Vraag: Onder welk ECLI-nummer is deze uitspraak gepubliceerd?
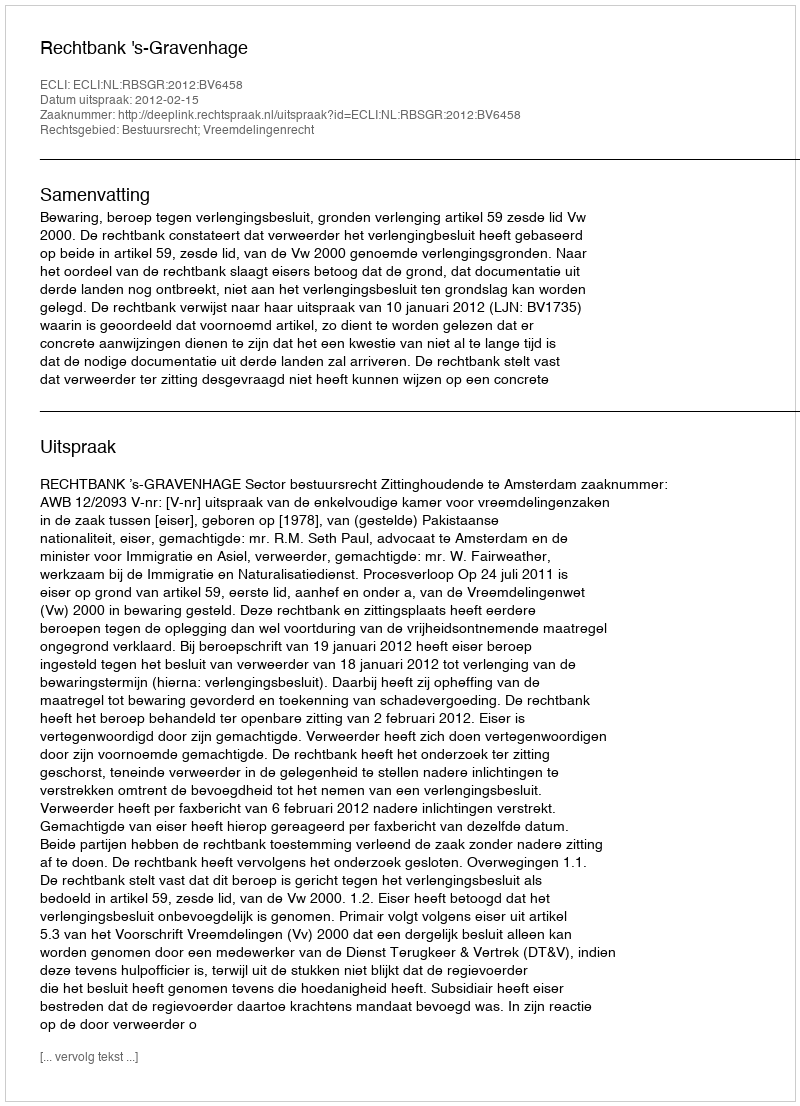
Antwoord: ECLI:NL:RBSGR:2012:BV6458